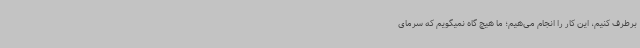
برطرف کنیم، این کار را انجام می‌هیم؛ ما هیچ گاه ‌نمیگویم که سرمای